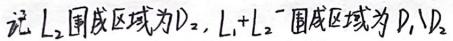
记 $L_2$ 围成区域为 $D_2$，$L_1 + L_2$ 围成区域为 $D$，$D_2$